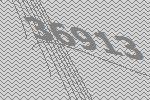
36913